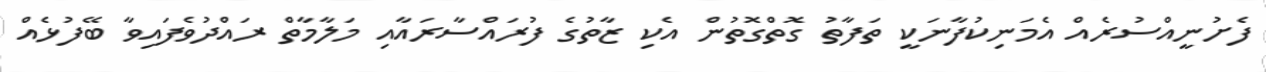
ފެށުނީއްސުރެއް އެމަނިކުފާނަކީ ތަފާތު ގޮތްގޮތުން އެކި ޒާތުގެ ފުރައްސާރައާއި މަލާމާތް ރައްދުވެފައިވާ ބޭފުޅެއް